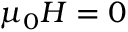
\mu _ { 0 } H = 0